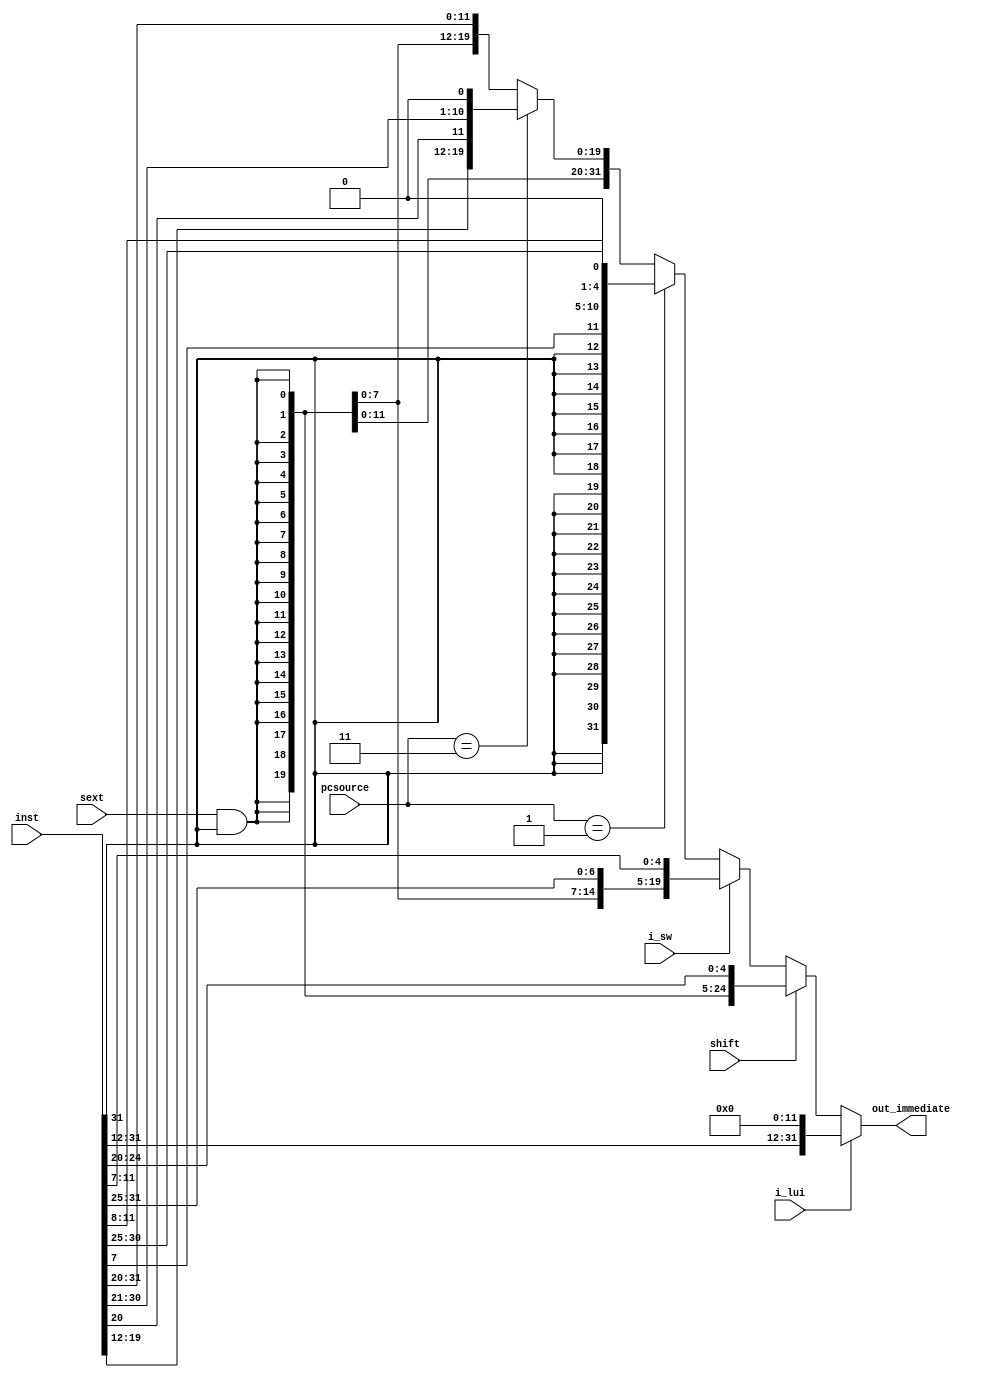
//module immext(inst,pcsource,sext,i_lui,i_sw,shift,out_immediate);
//input [31:0] inst;
//input sext,i_lui,i_sw,shift;
//input [1:0] pcsource;  
//output [31:0] out_immediate;

//wire e= sext &inst[31];   // positive or negative sign at sext signal
//wire [19:0] imm = {20{e}};    // high 20 sign bit
//wire [31:0] itype_imm = {imm,inst[31:20]};
//wire [31:0] lui_imm =   ;//?
//wire [31:0] sw_imm =    ;//?
//wire [31:0] shift_imm =    ;//?
//wire [31:0] bpc_offset =     ;//?
//wire [31:0] jpc_offset = {{12{e}},inst[19:12],inst[20],inst[30:21],1'b0};

//assign out_immediate =  i_lui?lui_imm:         ;//?


//endmodule
module immext(
        inst, pcsource, sext, i_lui, i_sw, shift, out_immediate
    );
    
    input [31:0] inst; // instruction
    input [1:0] pcsource;
    input sext, i_lui, i_sw, shift;
    output [31:0] out_immediate;

    wire [31:0] branchpc_offset, jalpc_offset, itype_imm, lui_imm, shift_imm, sw_imm;
    
    assign e = sext & inst[31];
    assign lui_imm = {inst[31:12], 12'b0};
    assign shift_imm = {{27{e}}, inst[24:20]};
    assign sw_imm = {{20{e}}, inst[31:25], inst[11:7]};
    
    // branchpc_offset adds a zero for aligning
    // it will be further shifted by one bit to the left 
    // in order to be aligned by word
    assign branchpc_offset = {{20{inst[31]}}, inst[7], inst[30:25], inst[11:8], 1'b0};
    assign jalpc_offset = {{12{e}}, inst[19:12], inst[20], inst[30:21], 1'b0};
    assign itype_imm = {{20{e}}, inst[31:20]};
    
    assign out_immediate = (i_lui) ? lui_imm:
                           (shift) ? shift_imm:
                           (i_sw) ? sw_imm:
                           (pcsource == 2'b01) ? branchpc_offset:
                           (pcsource == 2'b11) ? jalpc_offset:
                           itype_imm;
    
    
    
endmodule